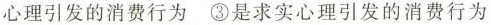
心理引发的消费行为③是求实心理引发的消费行为